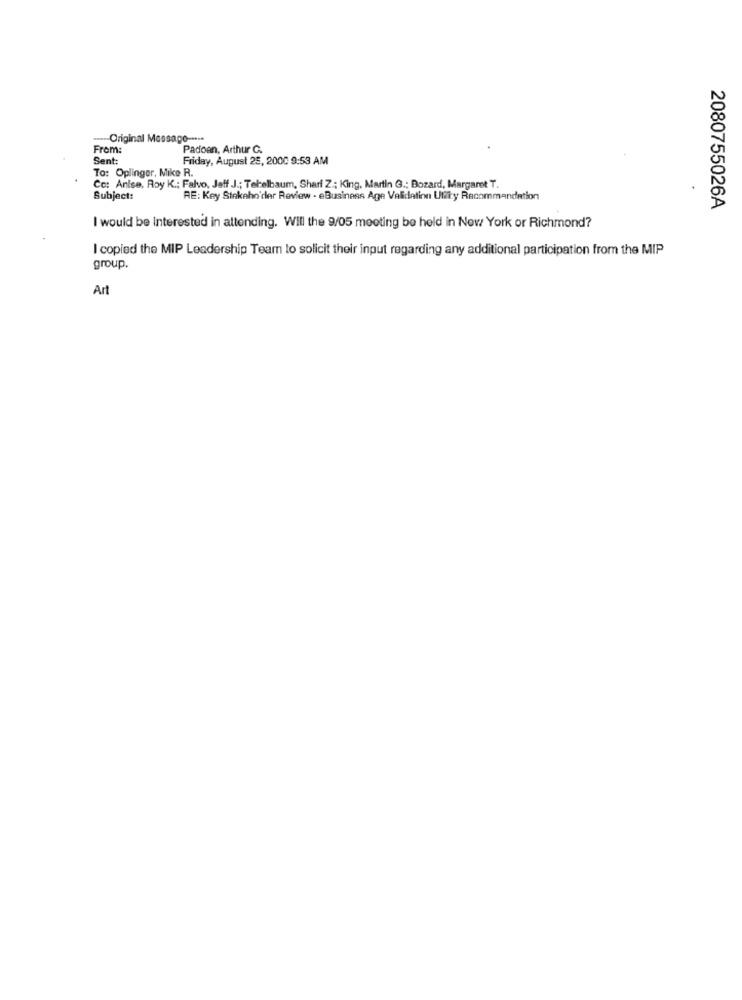
Original Message --***
From:
Padoan, Arthur C.
Sent:
Friday, August 25, 2000 9:53 AM
To: Oplinger, Mike R.
Cc: Anise, Roy K .: Falvo, Jeff J .; Tehelbaum, Shari Z .; King, Martin G .: Bozard, Margaret T.
.
Subject:
RE: Key Stekaho der Review - eBusiness Age Validation Ultiry Recommandation
2080755026A
I would be Interested in attending. Will the 9/05 meeting be held in New York or Richmond?
I copied the MIP Leadership Team to solicit their input regarding any additional participation from the MIP
group.
Art